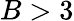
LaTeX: B>3